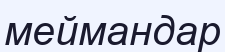
меймандар